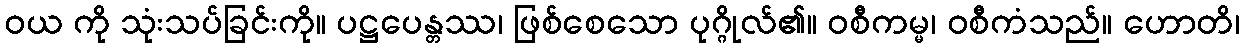
ဝယ ကို သုံးသပ်ခြင်းကို။ ပဋ္ဌပေန္တဿ၊ ဖြစ်စေသော ပုဂ္ဂိုလ်၏။ ဝစီကမ္မ၊ ဝစီကံသည်။ ဟောတိ၊